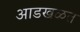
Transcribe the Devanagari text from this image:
आडखळत